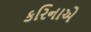
કરિનાએ